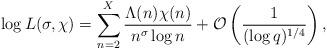
LaTeX: \begin{align*} \log L(\sigma,\chi)=\sum_{n=2}^X\frac{\Lambda(n)\chi(n)}{n^{\sigma}\log n}+\mathcal{O}\left(\frac{1}{(\log q)^{1/4}}\right),\end{align*}